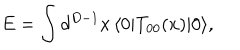
E = \int d ^ { D - 1 } x \, \langle 0 | T _ { 0 0 } ( x ) | 0 \rangle ,